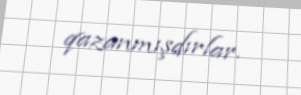
qazanmışdırlar.